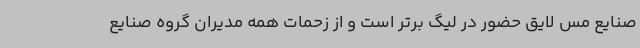
صنایع مس لایق حضور در لیگ برتر است و از زحمات همه مدیران گروه صنایع